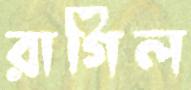
রাগিল